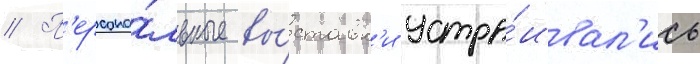
// П'ерсона́льные вы́ставк'и устра́ивал'ись